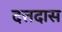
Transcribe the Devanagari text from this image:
दत्तदास